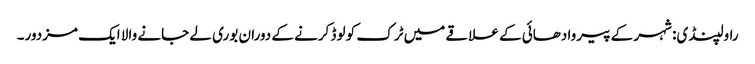
راولپنڈی: شہر کے پیروادھائی کے علاقے میں ٹرک کو لوڈ کرنے کے دوران بوری لے جانے والا ایک مزدور۔